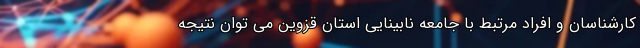
کارشناسان و افراد مرتبط با جامعه نابینایی استان قزوین می توان نتیجه